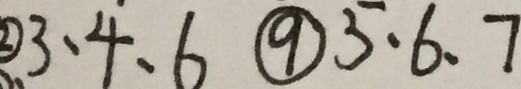
\textcircled { 2 } 3 、 4 、 6 \textcircled { 9 } 5 、 6 、 7